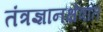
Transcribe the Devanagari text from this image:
तंत्रज्ञानक्षेत्रात